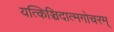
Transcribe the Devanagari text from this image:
यत्किञ्चिदात्मगोचरम्